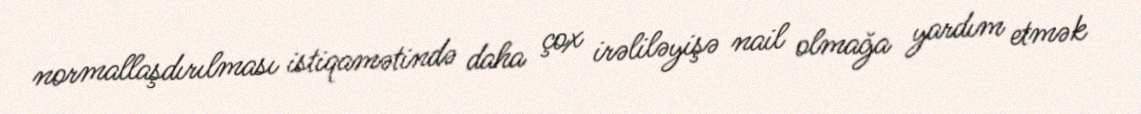
normallaşdırılması istiqamətində daha çox irəliləyişə nail olmağa yardım etmək